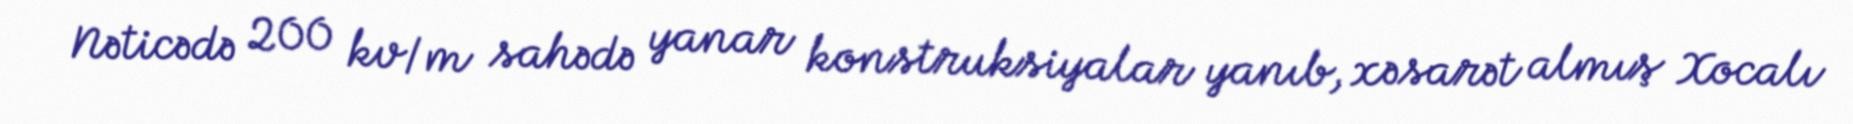
Nəticədə 200 kv/m sahədə yanar konstruksiyalar yanıb, xəsarət almış Xocalı